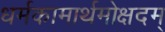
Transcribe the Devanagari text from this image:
धर्मकामार्थमोक्षदम्